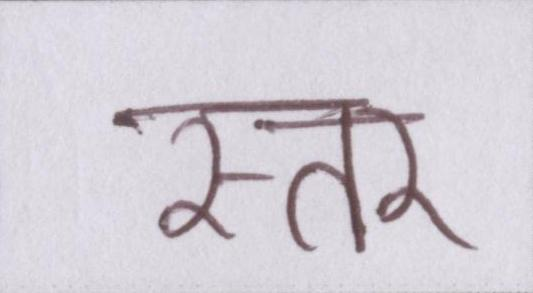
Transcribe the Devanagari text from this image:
स्तर